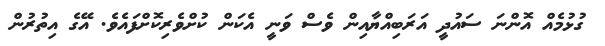
ގުޅުމެއް އޮންނަ ސައުދީ އަރަބިއްޔާއިން ވެސް ވަނީ އެކަން ކުށްވެރިކޮށްފައެވެ. އޭގެ އިތުރުން